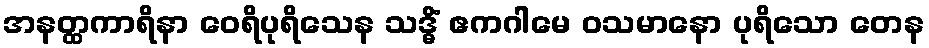
အနတ္ထကာရိနာ ဝေရိပုရိသေန သဒ္ဓိံ ဧကဂါမေ ဝသမာနော ပုရိသော တေန